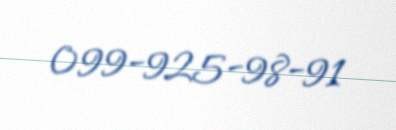
099-925-98-91